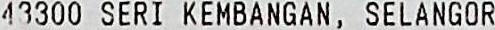
43300 SERI KEMBANGAN, SELANGOR